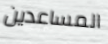
المساعدين